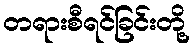
တရားစီရင်ခြင်းတို့